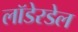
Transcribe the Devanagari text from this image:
लॉडेरडेल